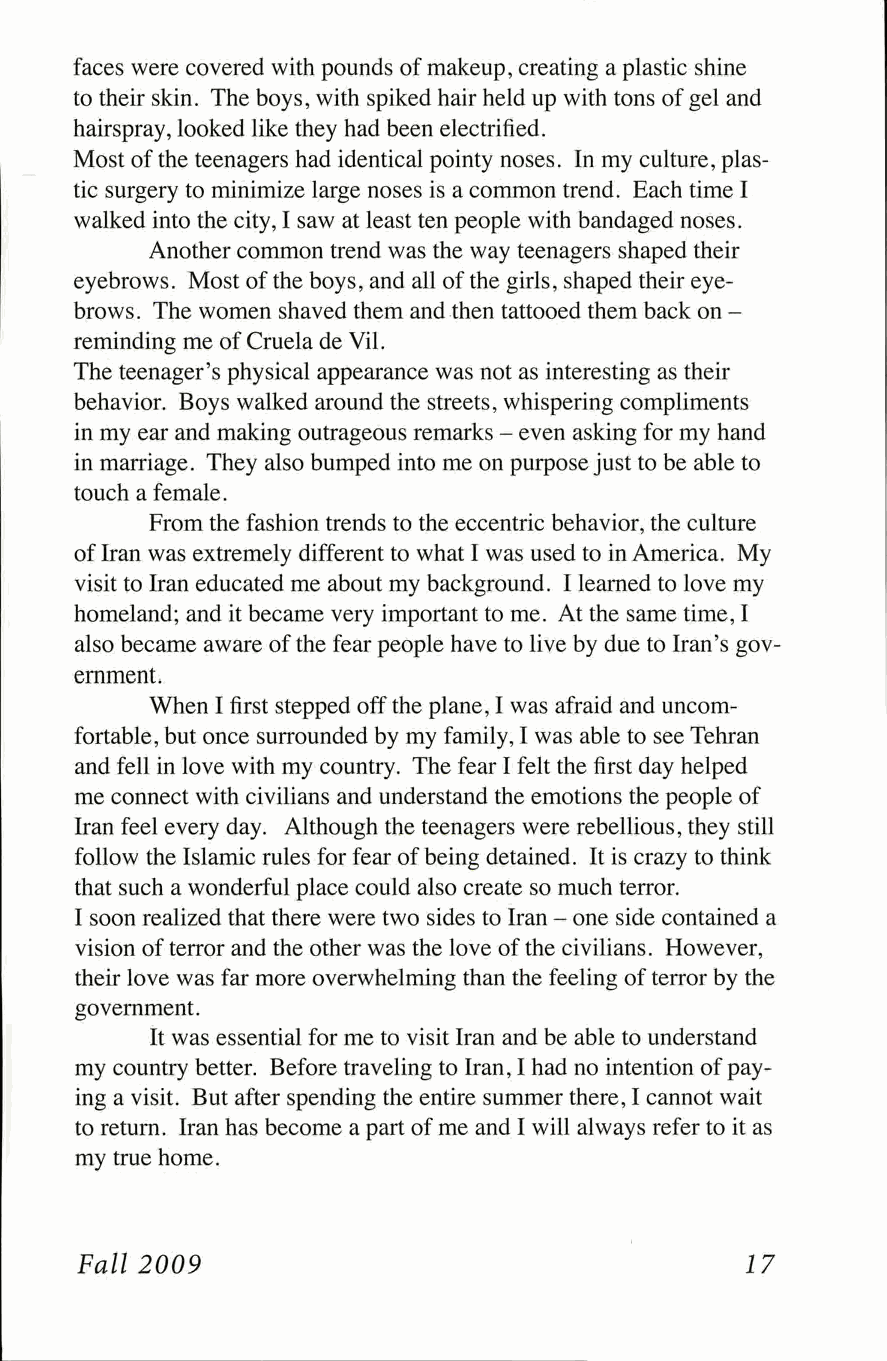
faces were covered with pounds of makeup, creating a plastic shine
 to their skin. The boys, with spiked hair held up with tons of gel and
 hairspray, looked like they had been electrified.
 Most of the teenagers had identical pointy noses. In my culture, plas­
 tic surgery to minimize large noses is a common trend. Each time I
 walked into the city, I saw at least ten people with bandaged noses.
 Another common trend was the way teenagers shaped their
 eyebrows. Most of the boys, and all of the girls, shaped their eye­
 brows. The women shaved them and then tattooed them back on -
 reminding me of Cruela de Vil.
 The teenager's physical appearance was not as interesting as their
 behavior. Boys walked around the streets, whispering compliments
 in my ear and making outrageous remarks - even asking for my hand
 in marriage. They also bumped into me on purpose just to be able to
 touch a female.
 From the fashion trends to the eccentric behavior, the culture
 of Iran was extremely different to what I was used to in America. My
 visit to Iran educated me about my background. I learned to love my
 homeland; and it became very important to me. At the same time, I
 also became aware of the fear people have to live by due to Iran's gov­
 ernment.
 When I first stepped off the plane, I was afraid and uncom­
 fortable, but once surrounded by my family, I was able to see Tehran
 and fell in love with my country. The fear I felt the first day helped
 me connect with civilians and understand the emotions the people of
 Iran feel every day. Although the teenagers were rebellious, they still
 follow the Islamic rules for fear of being detained. It is crazy to think
 that such a wonderful place could also create so much terror.
 I soon realized that there were two sides to Iran - one side contained a
 vision of terror and the other was the love of the civilians. However,
 their love was far more overwhelming than the feeling of terror by the
 government.
 It was essential for me to visit Iran and be able to understand
 my country better. Before traveling to Iran, I had no intention of pay­
 ing a visit. But after spending the entire summer there, I cannot wait
 to return. Iran has become a part of me and I will always refer to it as
 my true home.
 Fall 2009                                   17